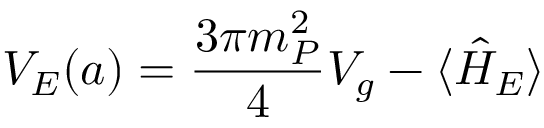
V _ { E } ( a ) = \frac { 3 \pi m _ { P } ^ { 2 } } { 4 } V _ { g } - \langle \hat { H } _ { E } \rangle